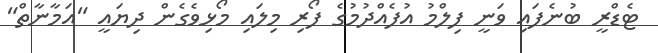
ޓެޑްރީ ބުނެފައި ވަނީ ފިލްމު އުފެއްދުމުގެ ފޯރި މިލައި މޯޅިވެގެން ދިޔައީ "އަމާނާތް"